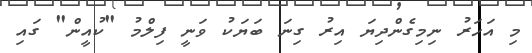
މި އަހަރު ނިމިގެންދިޔަ އިރު ގިނަ ބަޔަކު ވަނީ ފިލްމު "ކުއީން" ގައި